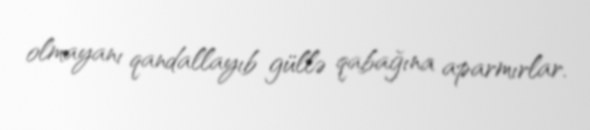
olmayanı qandallayıb güllə qabağına aparmırlar.